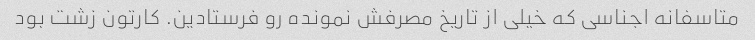
متاسفانه اجناسی که خیلی از تاریخ مصرفش نمونده رو فرستادین. کارتون زشت بود